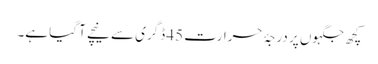
کچھ جگہوں پر درجۂ حرارت 45 ڈگری سے نیچے آ گیا ہے۔